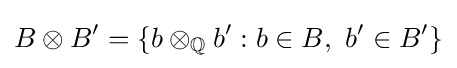
B\otimes B'=\left\{b\otimes _{\mathbb {Q} }b':b\in B,\ b'\in B'\right\}